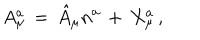
A _ { \mu } ^ { a } \, = \, \hat { A } _ { \mu } n ^ { a } \, + \, X _ { \mu } ^ { a } \, ,